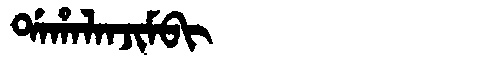
Manchu: ᡩᠠᡥᠠᠯᠠᠨᠵᡳᠮᠪᡳ
Romanization: DAHALANJIMBI